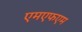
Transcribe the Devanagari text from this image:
एमएफएम